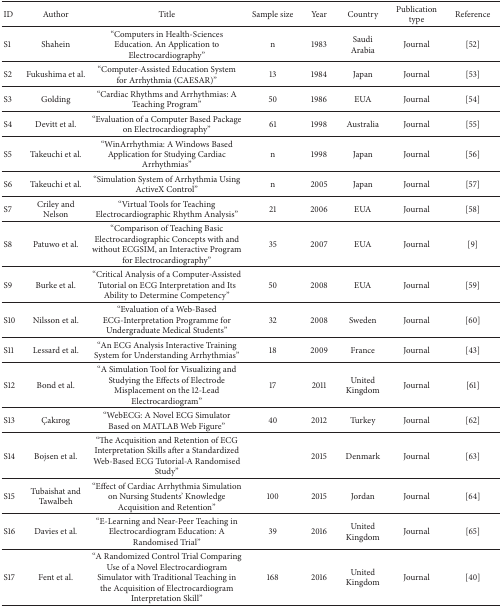
<table><thead><tr><td><b>ID</b></td><td><b>Author</b></td><td><b>Title</b></td><td><b>Sample size</b></td><td><b>Year</b></td><td><b>Country</b></td><td><b>Publication type</b></td><td><b>Reference</b></td></tr></thead><tbody><tr><td>S1</td><td>Shahein</td><td>“Computers in Health-Sciences Education. An Application to Electrocardiography”</td><td>n</td><td>1983</td><td>Saudi Arabia</td><td>Journal</td><td>[52]</td></tr><tr><td>S2</td><td>Fukushima et al.</td><td>“Computer-Assisted Education System for Arrhythmia (CAESAR)”</td><td>13</td><td>1984</td><td>Japan</td><td>Journal</td><td>[53]</td></tr><tr><td>S3</td><td>Golding</td><td>“Cardiac Rhythms and Arrhythmias: A Teaching Program”</td><td>50</td><td>1986</td><td>EUA</td><td>Journal</td><td>[54]</td></tr><tr><td>S4</td><td>Devitt et al.</td><td>“Evaluation of a Computer Based Package on Electrocardiography”</td><td>61</td><td>1998</td><td>Australia</td><td>Journal</td><td>[55]</td></tr><tr><td>S5</td><td>Takeuchi et al.</td><td>“WinArrhythmia: A Windows Based Application for Studying Cardiac Arrhythmias”</td><td>n</td><td>1998</td><td>Japan</td><td>Journal</td><td>[56]</td></tr><tr><td>S6</td><td>Takeuchi et al.</td><td>“Simulation System of Arrhythmia Using ActiveX Control”</td><td>n</td><td>2005</td><td>Japan</td><td>Journal</td><td>[57]</td></tr><tr><td>S7</td><td>Criley and Nelson</td><td>“Virtual Tools for Teaching Electrocardiographic Rhythm Analysis”</td><td>21</td><td>2006</td><td>EUA</td><td>Journal</td><td>[58]</td></tr><tr><td>S8</td><td>Patuwo et al.</td><td>“Comparison of Teaching Basic Electrocardiographic Concepts with and without ECGSIM, an Interactive Program for Electrocardiography”</td><td>35</td><td>2007</td><td>EUA</td><td>Journal</td><td>[9]</td></tr><tr><td>S9</td><td>Burke et al.</td><td>“Critical Analysis of a Computer-Assisted Tutorial on ECG Interpretation and Its Ability to Determine Competency”</td><td>50</td><td>2008</td><td>EUA</td><td>Journal</td><td>[59]</td></tr><tr><td>S10</td><td>Nilsson et al.</td><td>“Evaluation of a Web-Based ECG-Interpretation Programme for Undergraduate Medical Students”</td><td>32</td><td>2008</td><td>Sweden</td><td>Journal</td><td>[60]</td></tr><tr><td>S11</td><td>Lessard et al.</td><td>“An ECG Analysis Interactive Training System for Understanding Arrhythmias”</td><td>18</td><td>2009</td><td>France</td><td>Journal</td><td>[43]</td></tr><tr><td>S12</td><td>Bond et al.</td><td>“A Simulation Tool for Visualizing and Studying the Effects of Electrode Misplacement on the 12-Lead Electrocardiogram”</td><td>17</td><td>2011</td><td>United Kingdom</td><td>Journal</td><td>[61]</td></tr><tr><td>S13</td><td>Çakırog</td><td>“WebECG: A Novel ECG Simulator Based on MATLAB Web Figure”</td><td>40</td><td>2012</td><td>Turkey</td><td>Journal</td><td>[62]</td></tr><tr><td>S14</td><td>Bojsen et al.</td><td>“The Acquisition and Retention of ECG Interpretation Skills after a Standardized Web-Based ECG Tutorial-A Randomised Study”</td><td> </td><td>2015</td><td>Denmark</td><td>Journal</td><td>[63]</td></tr><tr><td>S15</td><td>Tubaishat and Tawalbeh</td><td>“Effect of Cardiac Arrhythmia Simulation on Nursing Students&#x27; Knowledge Acquisition and Retention”</td><td>100</td><td>2015</td><td>Jordan</td><td>Journal</td><td>[64]</td></tr><tr><td>S16</td><td>Davies et al.</td><td>“E-Learning and Near-Peer Teaching in Electrocardiogram Education: A Randomised Trial”</td><td>39</td><td>2016</td><td>United Kingdom</td><td>Journal</td><td>[65]</td></tr><tr><td>S17</td><td>Fent et al.</td><td>“A Randomized Control Trial Comparing Use of a Novel Electrocardiogram Simulator with Traditional Teaching in the Acquisition of Electrocardiogram Interpretation Skill”</td><td>168</td><td>2016</td><td>United Kingdom</td><td>Journal</td><td>[40]</td></tr></tbody></table>